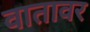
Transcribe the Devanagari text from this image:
वातावर